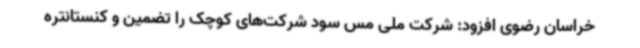
خراسان رضوی افزود: شرکت ملی مس سود شرکت‌های کوچک را تضمین و کنستانتره